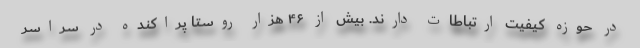
در حوزه کیفیت ارتباطات دارند. بیش از ۴۶ هزار روستا پراکنده در سراسر